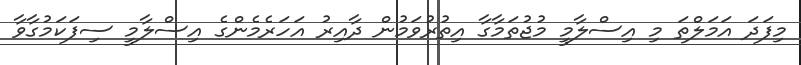
މިފަދަ އަމަލްތަ މި އިސްލާމީ މުޖުތަމާގާ އިތުރުވަމުން ދާއިރު އަހަރެމެންގެ އިސްލާމީ ސިފަކަމުގާވާ